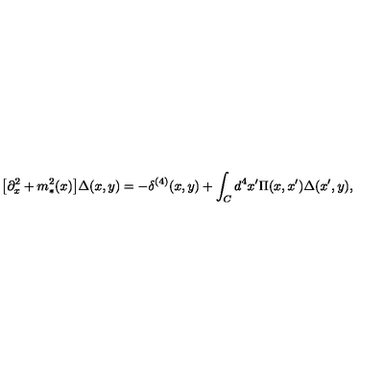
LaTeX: \big [ \partial _ { x } ^ { 2 } + m _ { * } ^ { 2 } ( x ) \big ] \Delta ( x , y ) = - \delta ^ { ( 4 ) } ( x , y ) + \int _ { C } d ^ { 4 } x ^ { \prime } \Pi ( x , x ^ { \prime } ) \Delta ( x ^ { \prime } , y ) ,